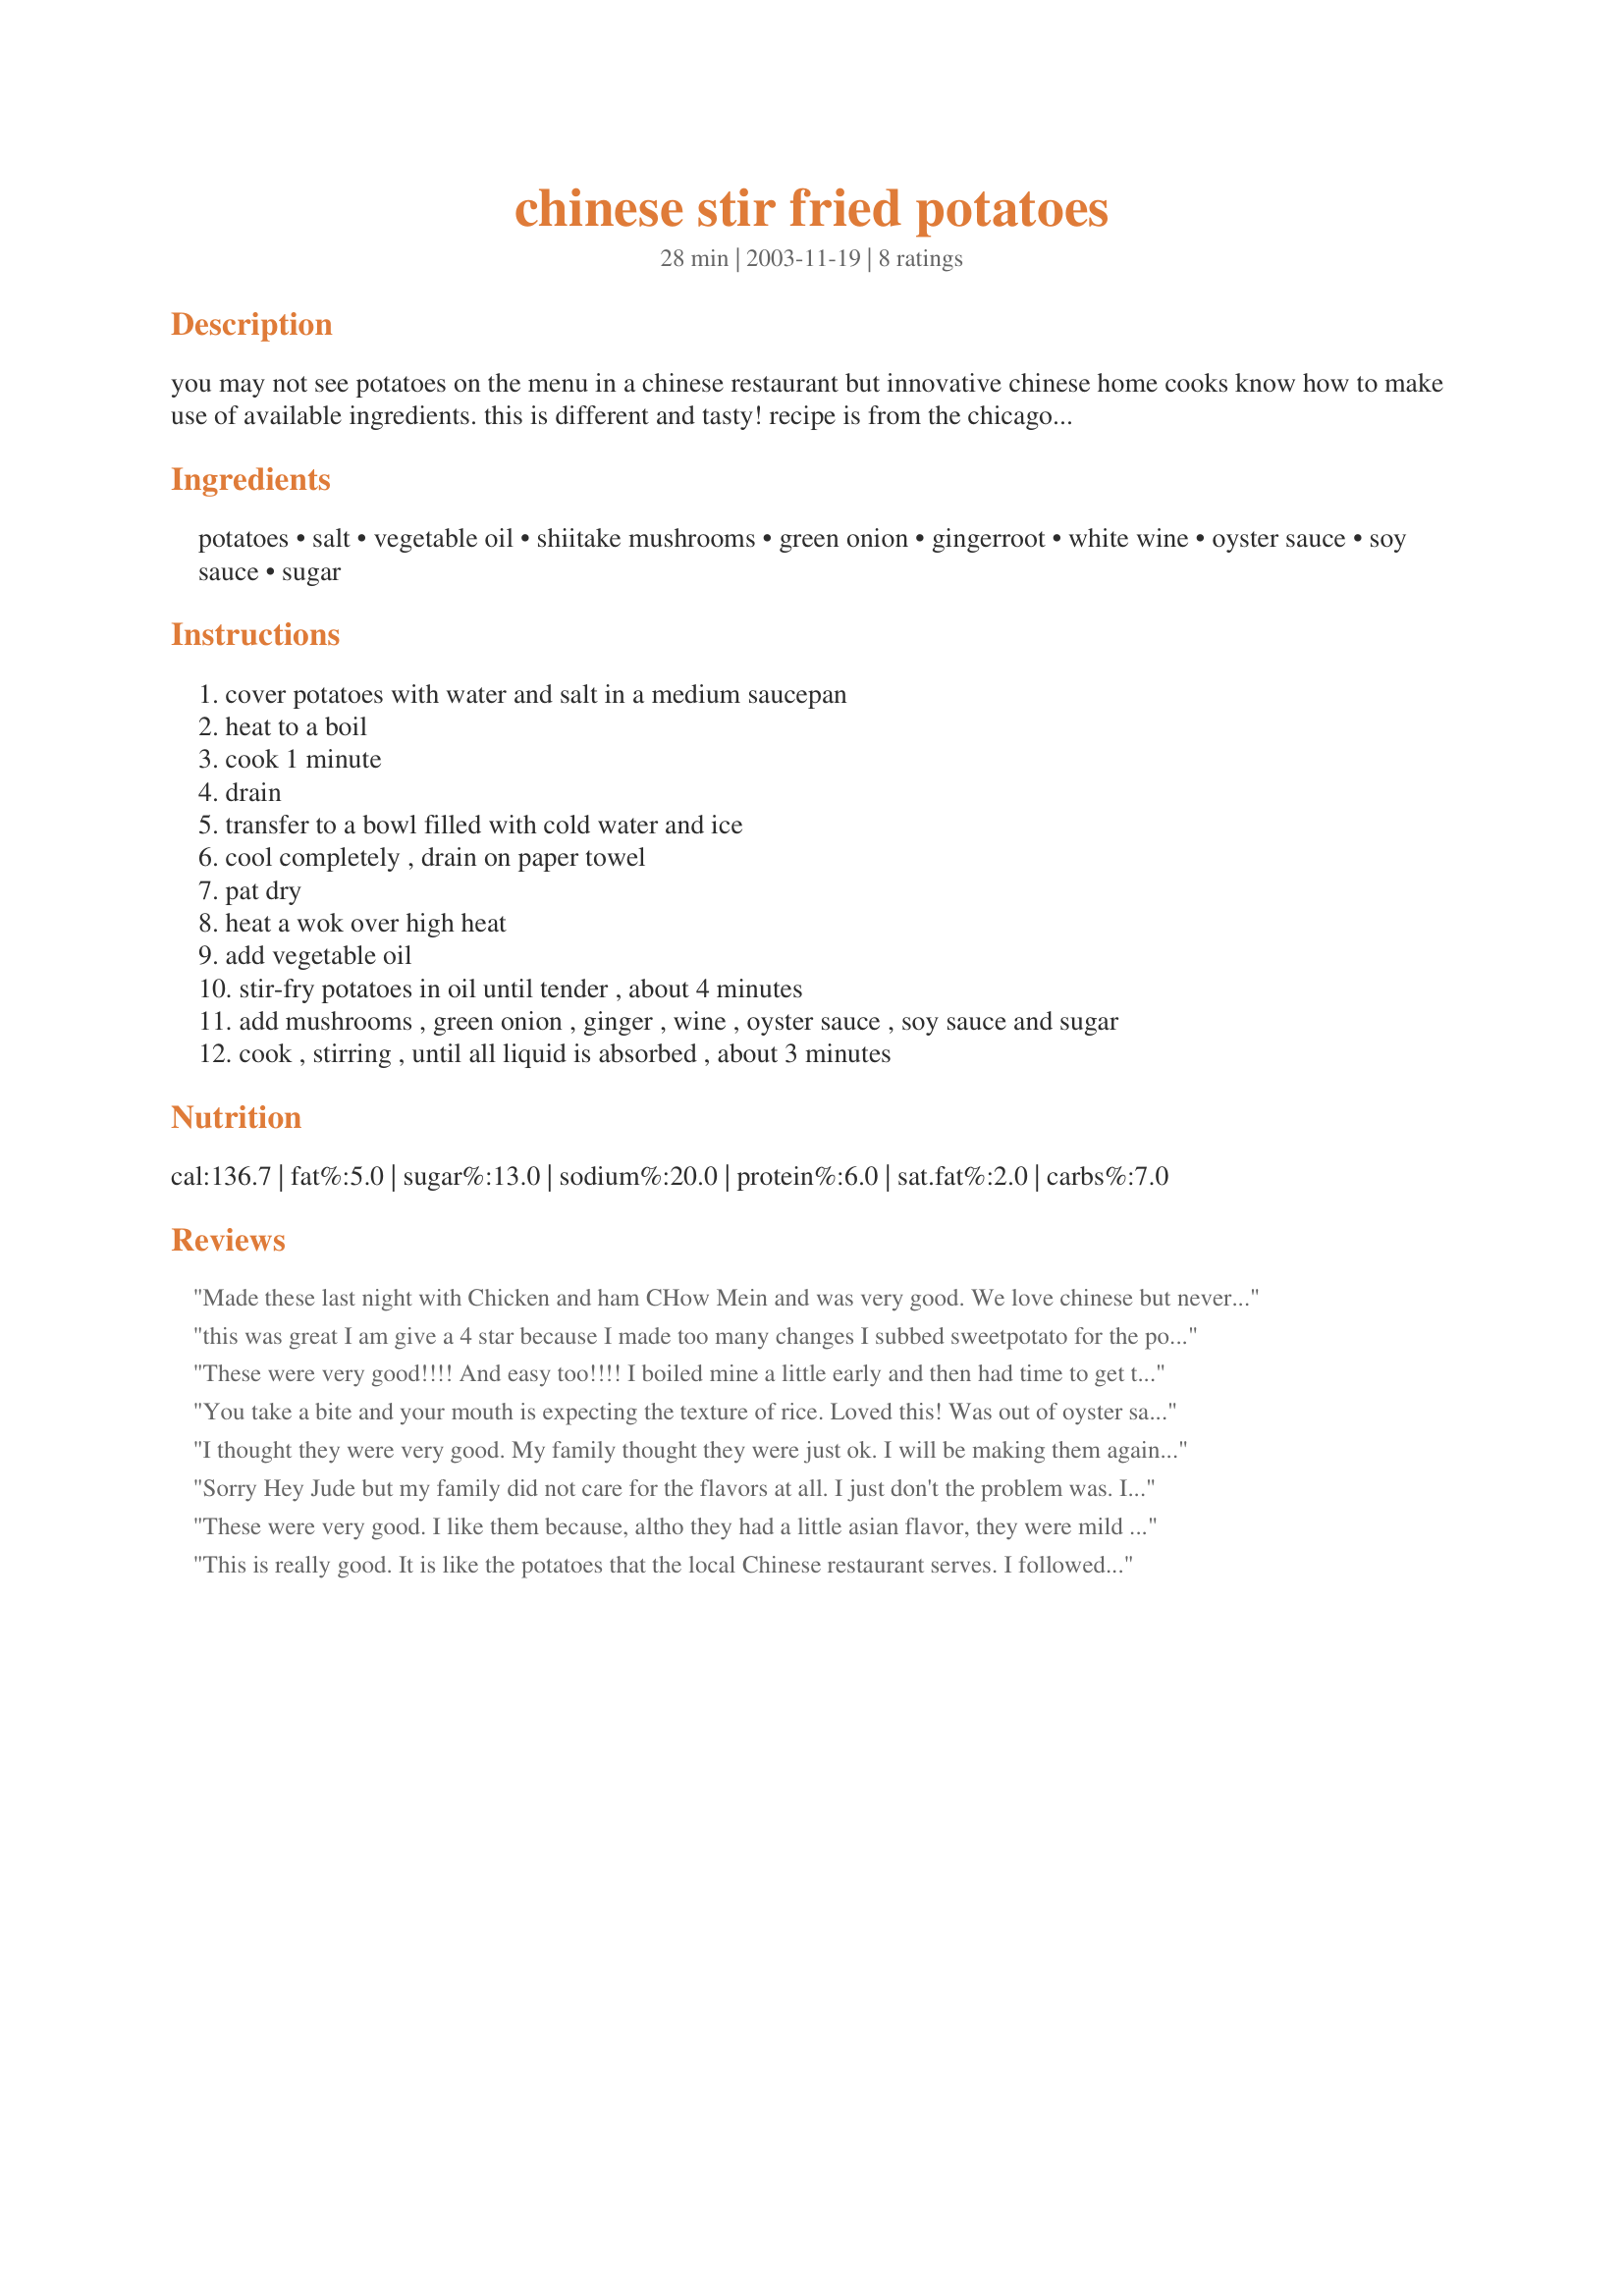
chinese stir fried potatoes
Preparation time: 28 minutes

you may not see potatoes on the menu in a chinese restaurant but innovative chinese home cooks know how to make use of available ingredients. this is different and tasty! recipe is from the chicago trib 'you're the cook' article.

Ingredients:
potatoes, salt, vegetable oil, shiitake mushrooms, green onion, gingerroot, white wine, oyster sauce, soy sauce, sugar

Steps:
cover potatoes with water and salt in a medium saucepan, heat to a boil, cook 1 minute, drain, transfer to a bowl filled with cold water and ice, cool completely , drain on paper towel, pat dry, heat a wok over high heat, add vegetable oil, stir-fry potatoes in oil until tender , about 4 minutes, add mushrooms , green onion , ginger , wine , oyster sauce , soy sauce and sugar, cook , stirring , until all liquid is absorbed , about 3 minutes

Reviews:
Made these last night with Chicken and ham CHow Mein and was very good. We love chinese but never have tried potatoes in Chinese cuisine. Used button mushrooms and omitted the white wine. Very different but definitely tasty. Chinese main meals will have some potatoes for company quite frequently at my place in the future. :) Fay - The Crystal Gazer ;)
this was great I am give a 4 star because I made too many changes I subbed sweetpotato for the potato
a mixture of cooking sake and rice wine vinegar for the white wine
plum sauce for the oyster sauce and brown sugar about 1 1/2 teaspoon didnt add salt didnt miss it great recipe I will review again sometime when I make it closer to original
These were very good!!!! And easy too!!!! I boiled mine a little early and then had time to get the rest of the meal together. Then stir fried them up!!! Great flavor!!!
You take a bite and your mouth is expecting the texture of rice. Loved this! Was out of oyster sauce so I used about 1/4 teaspoon fish sauce. Added the green onion the very last minute of stirfrying. This was delicious served with Parsley's Savoy Cabbage and Pears and KiwiDutch's Chinese Roasted Chicken. Something different other than the standard steamed rice. Thank you for sharing your yummy recipe! cg
I thought they were very good. My family thought they were just ok. I will be making them again for me. I think maybe they weren't expecting these flavors with potatoes. These potatoes are definitely worth a try. Thanks for sharing!
Sorry Hey Jude but my family did not care for the flavors at all. I just don't the problem was. I will play around with next time to suite our taste.
These were very good. I like them because, altho they had a little asian flavor, they were mild enough that picky eaters would still see them as potatoes in a holiday feast. Something different! We had to add more liquid. They were sticking badly to the pan.
This is really good. It is like the potatoes that the local Chinese restaurant serves. I followed the recipe, except for the oyster sauce. I didn't have that or fish sauce. I think, my potatoes were either too hard and/or needed to cook a little longer. I will make this again. I will pay more attention to the potatoes I choose and will check them while they cook, instead of relying on the timer. My picky MIL & FIL loved them. My DH thought the potatoes needed to cook a little longer. I served this with chicken stir-fried rice, crab wontons and Teriyaki roasted chicken.
